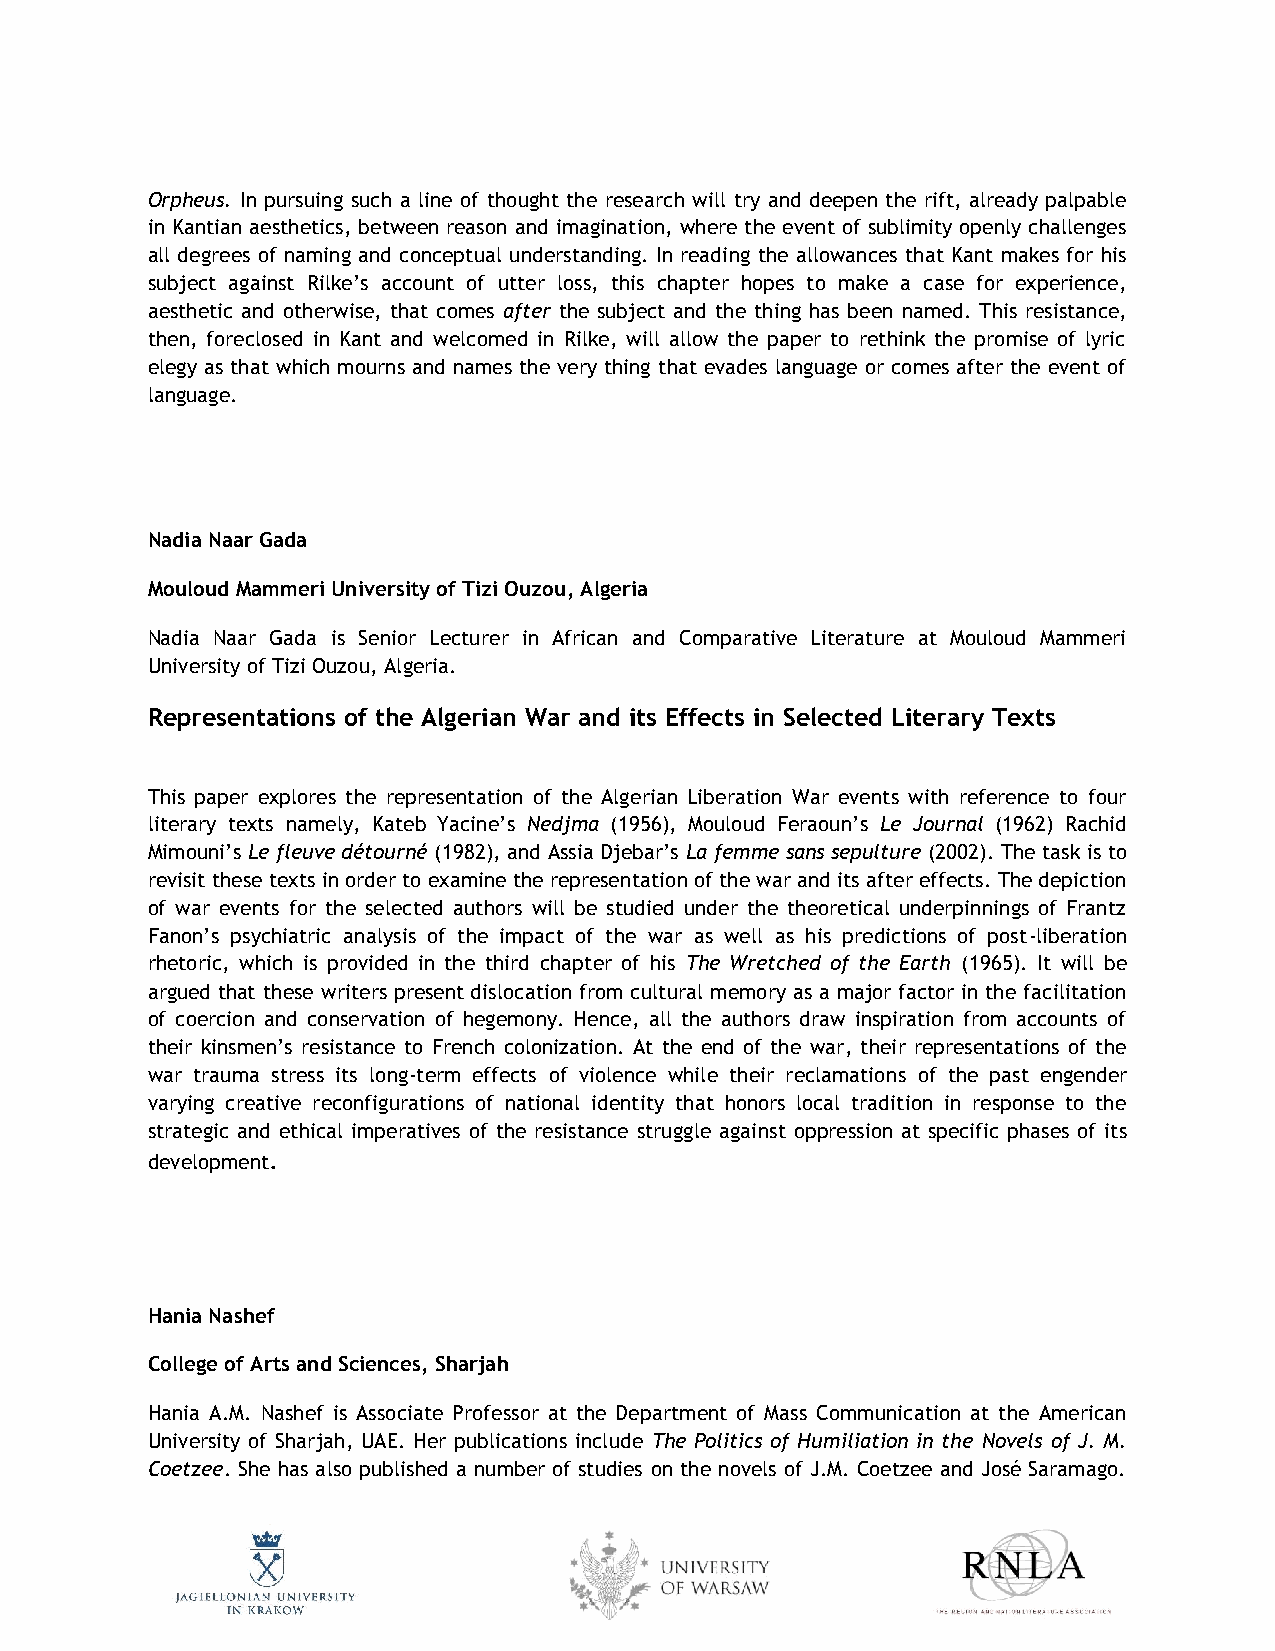
Orpheus. In pursuing such a line of thought the research will try and deepen the rift, already palpable
 in Kantian aesthetics, between reason and imagination, where the event of sublimity openly challenges
 all degrees of naming and conceptual understanding. In reading the allowances that Kant makes for his
 subject against Rilke’s account of utter loss, this chapter hopes to make a case for experience,
 aesthetic and otherwise, that comes after the subject and the thing has been named. This resistance,
 then, foreclosed in Kant and welcomed in Rilke, will allow the paper to rethink the promise of lyric
 elegy as that which mourns and names the very thing that evades language or comes after the event of
 language.
 Nadia Naar Gada
 Mouloud Mammeri University of Tizi Ouzou, Algeria
 Nadia Naar Gada is Senior Lecturer in African and Comparative Literature at Mouloud Mammeri
 University of Tizi Ouzou, Algeria.
 Representations of the Algerian War and its Effects in Selected Literary Texts
 This paper explores the representation of the Algerian Liberation War events with reference to four
 literary texts namely, Kateb Yacine’s Nedjma (1956), Mouloud Feraoun’s Le Journal (1962) Rachid
 Mimouni’s Le fleuve détourné (1982), and Assia Djebar’s La femme sans sepulture (2002). The task is to
 revisit these texts in order to examine the representation of the war and its after effects. The depiction
 of war events for the selected authors will be studied under the theoretical underpinnings of Frantz
 Fanon’s psychiatric analysis of the impact of the war as well as his predictions of post-liberation
 rhetoric, which is provided in the third chapter of his The Wretched of the Earth (1965). It will be
 argued that these writers present dislocation from cultural memory as a major factor in the facilitation
 of coercion and conservation of hegemony. Hence, all the authors draw inspiration from accounts of
 their kinsmen’s resistance to French colonization. At the end of the war, their representations of the
 war trauma stress its long-term effects of violence while their reclamations of the past engender
 varying creative reconfigurations of national identity that honors local tradition in response to the
 strategic and ethical imperatives of the resistance struggle against oppression at specific phases of its
 development.
 Hania Nashef
 College of Arts and Sciences, Sharjah
 Hania A.M. Nashef is Associate Professor at the Department of Mass Communication at the American
 University of Sharjah, UAE. Her publications include The Politics of Humiliation in the Novels of J. M.
 Coetzee. She has also published a number of studies on the novels of J.M. Coetzee and José Saramago.